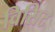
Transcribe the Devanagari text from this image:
विसिट